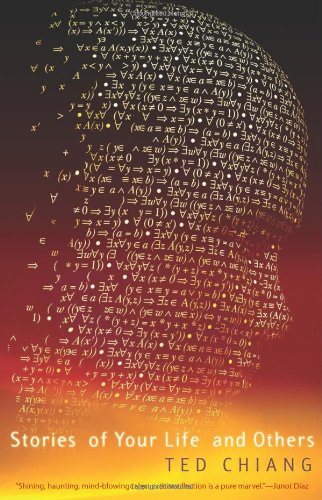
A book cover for Stories of Your Life and Others; Ted Chiang; Science Fiction & Fantasy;